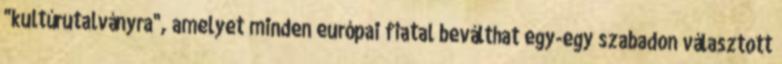
"kultúrutalványra", amelyet minden európai fiatal beválthat egy-egy szabadon választott